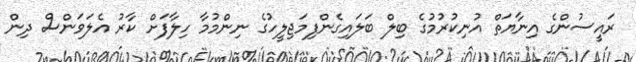
ރައީސުންގެ އިނާޔަތް އުނިކުރުމުގެ ބިލް ބަލައިގެންފިމަޖިލީހުގެ ނިންމުމާ ހިލާފަށް ކާރު އެލަވަންސް ދިން